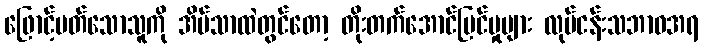
ဖြောင့်မတ်သောသူကို အိမ်သာထဲတွင်တော့ တိုးတက်အောင်မြင်မှုများ လုပ်ငန်းသဘာဝအရ